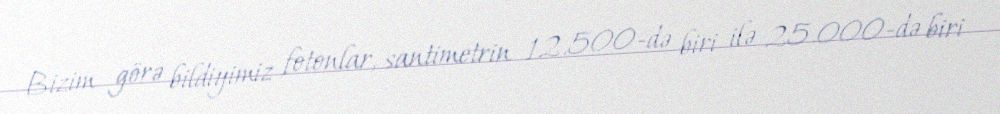
Bizim görə bildiyimiz fotonlar, santimetrin 12.500-də biri ilə 25.000-də biri